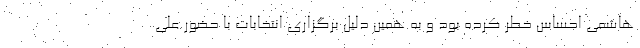
هاشمی احساس خطر کرده بود و به همین دلیل برگزاری انتخابات با حضور علی